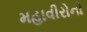
મહાવીરોનો